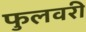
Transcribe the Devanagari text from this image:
फुलवरी